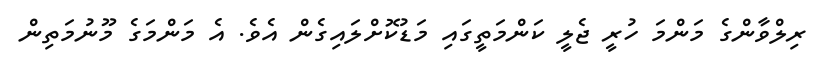
ރިލްވާންގެ މަންމަ ހުރީ ޖެލީ ކަންމަތީގައި މަޑުކޮށްލައިގެން އެވެ. އެ މަންމަގެ މޫނުމަތިން